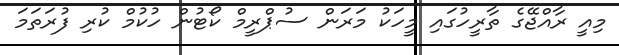
މިއީ ރާއްޖޭގެ ތާރީހުގައި މީހަކު މަރަން ސުޕްރީމް ކޯޓުން ހުކުމް ކުރި ފުރަތަމަ